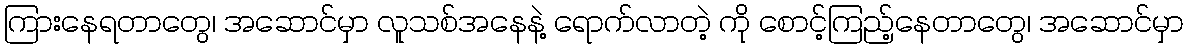
ကြားနေရတာတွေ၊ အဆောင်မှာ လူသစ်အနေနဲ့ ရောက်လာတဲ့ ကို စောင့်ကြည့်နေတာတွေ၊ အဆောင်မှာ